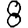
Digit: 8